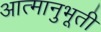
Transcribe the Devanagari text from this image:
आत्मानुभूती